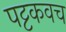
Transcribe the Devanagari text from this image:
पट्टकवच